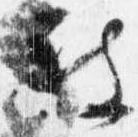
被